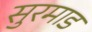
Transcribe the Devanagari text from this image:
सुरमाड